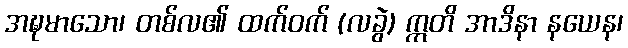
အဍ္ဎမာသော၊ တစ်လ၏ ထက်ဝက် (လခွဲ) ဣတိ အာဒိနာ နယေန၊